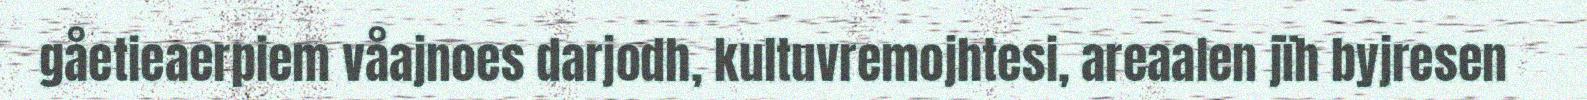
gåetieaerpiem våajnoes darjodh, kultuvremojhtesi, areaalen jïh byjresen